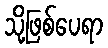
သို့ဖြစ်ပေရာ